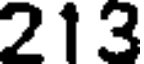
213